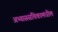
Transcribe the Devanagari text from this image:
अभ्याससंचिकामधील